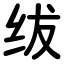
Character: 绂